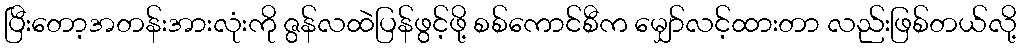
ပြီးတော့အတန်းအားလုံးကို ဇွန်လထဲပြန်ဖွင့်ဖို့ စစ်ကောင်စီက မျှော်လင့်ထားတာ လည်းဖြစ်တယ်လို့